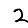
Digit: 2